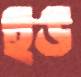
ইউ